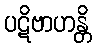
ပဋိဗာဟန္တိ